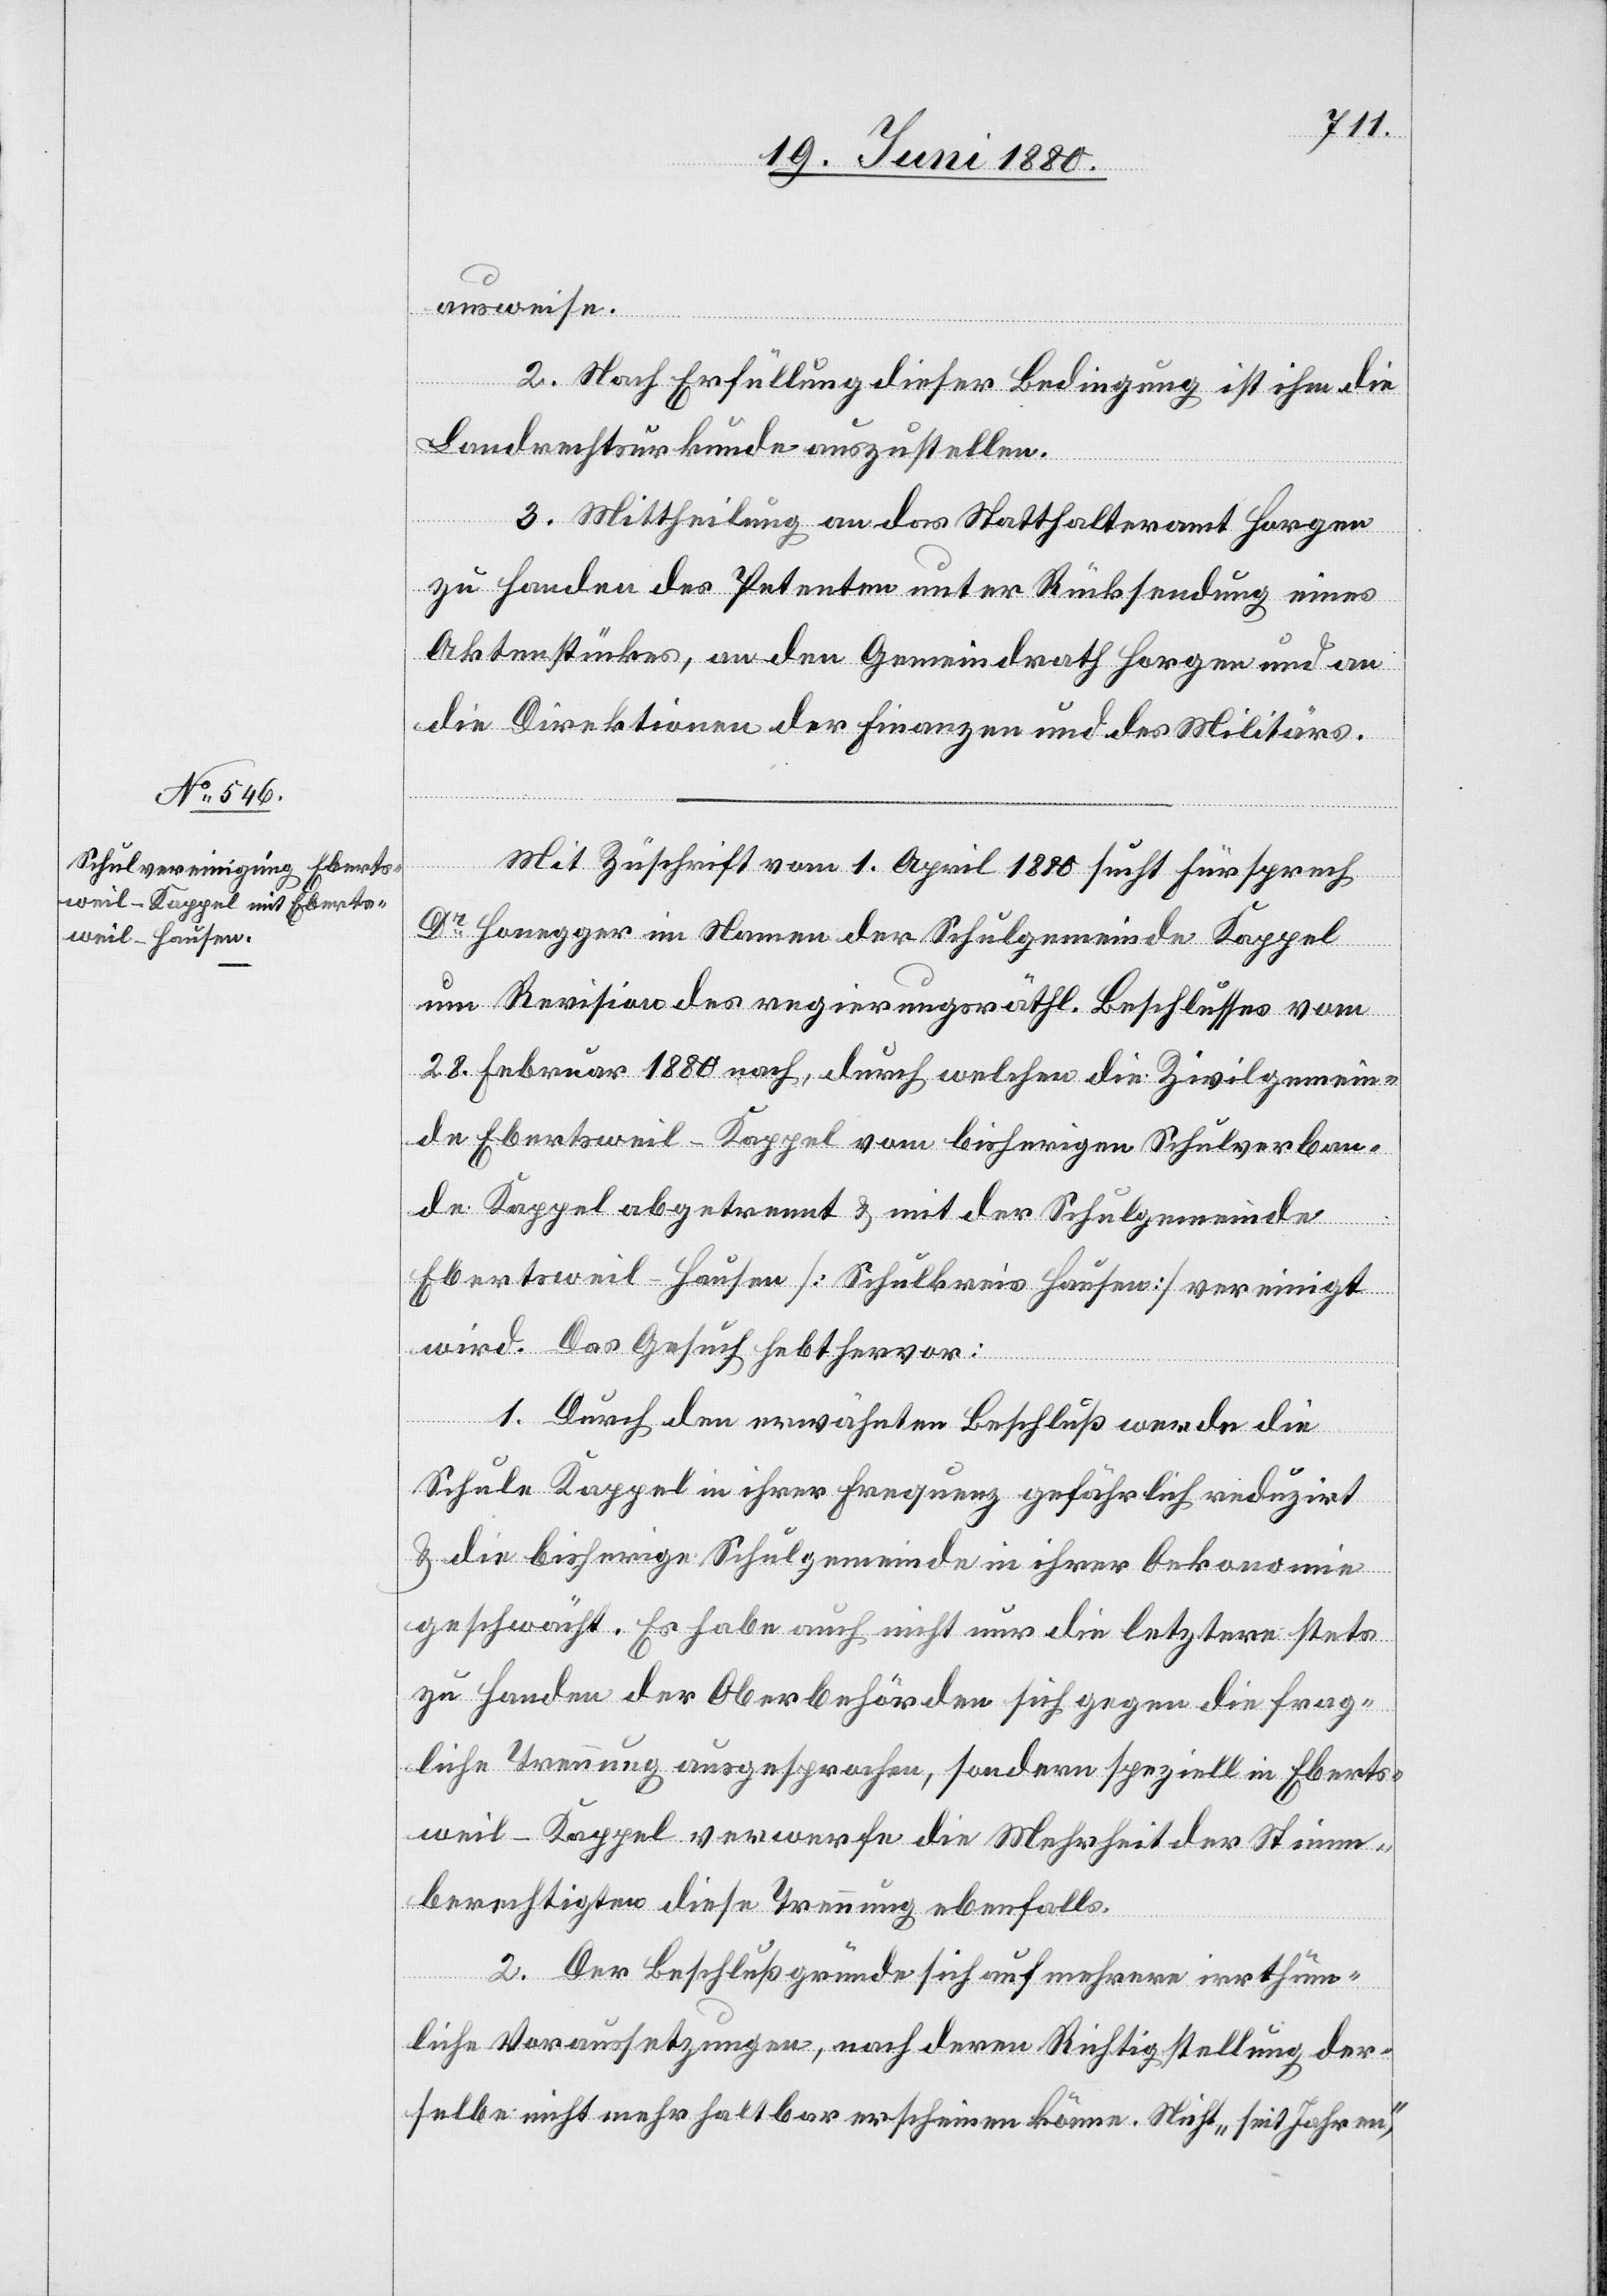
ausweise.
2. Nach Erfüllung dieser Bedingung ist ihm die
Landrechtsurkunde auszustellen.
3. Mittheilung an das Statthalteramt Horgen
zu Handen des Petenten unter Rücksendung eines
Aktenstückes, an den Gemeindrath Horgen und an
die Direktionen der Finanzen und des Militärs.
Mit Zuschrift vom 1. April 1880 sucht Fürsprech
Dr Honegger im Namen der Schulgemeinde Kappel
um Revision des regierungsräthl. Beschlusses vom
28. Februar 1880 nach, durch welchen die Zivilgemein¬
de Ebertsweil-Kappel vom bisherigen Schulverban¬
de Kappel abgetrennt & mit der Schulgemeinde
Ebertsweil-Hausen [Schulkreis Hausen] vereinigt
wird. Das Gesuch hebt hervor:
1. Durch den erwähnten Beschluß werde die
Schule Kappel in ihrer Frequenz gefährlich reduzirt
& die bisherige Schulgemeinde in ihrer Oekonomie
geschwächt. Es habe auch nicht nur die letztere stets
zu Handen der Oberbehörden sich gegen die frag¬
liche Trennung ausgesprochen, sondern speziell in Eberts¬
weil-Kappel verwerfe die Mehrheit der Stimm¬
berechtigten diese Trennung ebenfalls.
2. Der Beschluß gründe sich auf mehrere irrthüm¬
liche Voraussetzungen, nach deren Richtigstellung der¬
selbe nicht mehr haltbar erscheinen könne. Nicht „seit Jahren“,